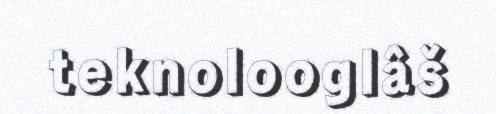
teknolooglâš